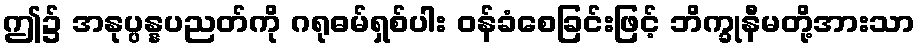
ဤ၌ အနုပ္ပန္နပညတ်ကို ဂရုဓမ်ရှစ်ပါး ဝန်ခံစေခြင်းဖြင့် ဘိက္ခုနီမတို့အားသာ